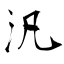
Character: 汎